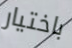
باختيار